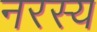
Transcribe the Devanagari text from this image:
नरस्य